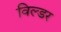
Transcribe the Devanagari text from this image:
विल्डर